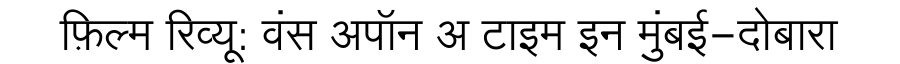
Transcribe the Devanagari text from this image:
फ़िल्म रिव्यू: वंस अपॉन अ टाइम इन मुंबई-दोबारा